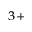
^ { 3 + }